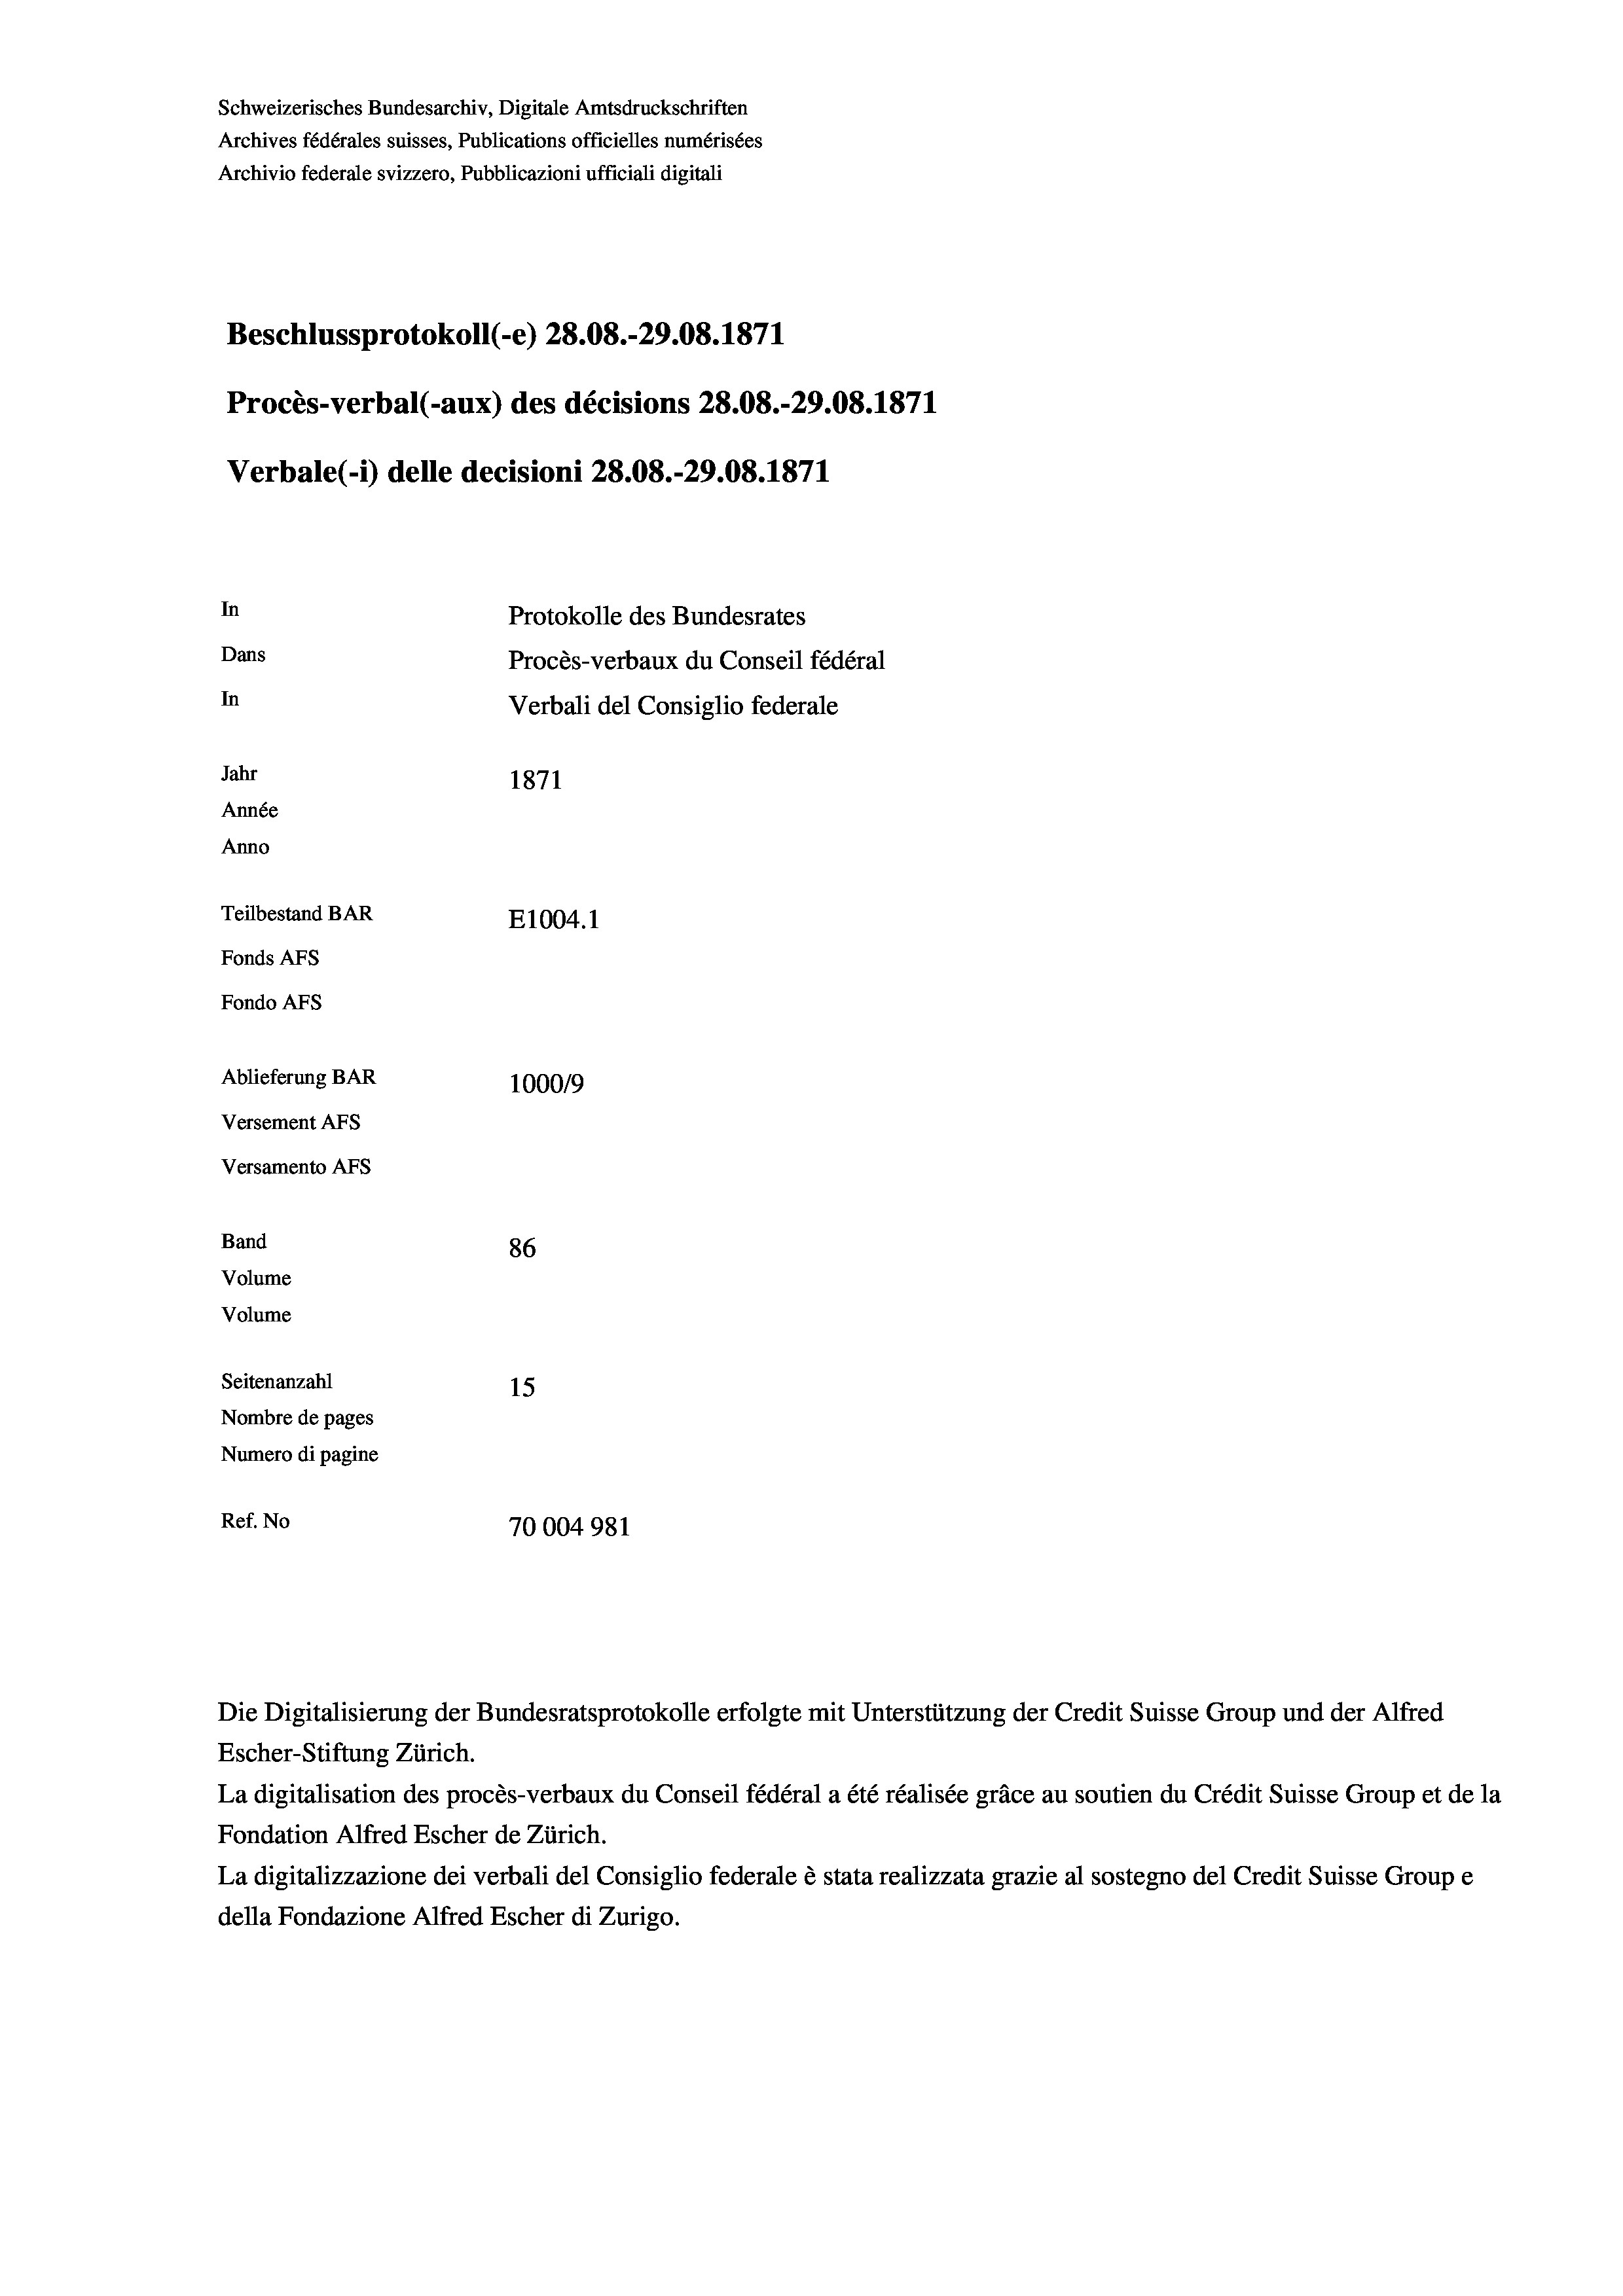
Schweizerisches Bundesarchiv, Digitale Amtsdruckschriften
Archives fédérales suisses, Publications officielles numérisées
Archivio federale svizzero, Pubblicazioni ufficiali digitali
Beschlussprotokoll (-e) 28.08.-29.08. 1871
Procès-verbal (-aux) des décisions 28.08.-29.08. 1871
Verbale (- 1) delle decisioni 28.08.-29.08. 1871
In
Protokolle des Bundesrates
Dans
Procès-verbaux du Conseil fédéral
In
Verbali del Consiglio federale
Jahr
1871
Année
Anno
Teilbestand BAR
E1004. 1
Fonds AFs
Fondo Afs
Ablieferung BAR
100019
Versement Ans
Versamento Afs
Band
86
Volume
Volume
Seitenanzahl
15
Nombre de pages
Numero di pagine
Ref. No
70004981

Die Digitalisierung der Bundesratsprotokolle erfolgte mit Unterstützung der Credit Suisse Group und der Alfred
Escher-Stiftung Zürich.
La digitalisation des procès-verbaux du Conseil fédéral a été réalisée gräce au soutien du Crédit Suisse Group et de la
Fondation Alfred Escher de Zürich.
La digitalizzazione dei verbali del Consiglio federale è stata realizzata grazie al sostegno del Credit Suisse Groupe
della Fondazione Alfred Escher di Zurigo.